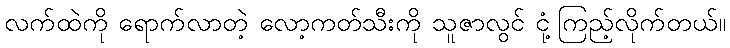
လက်ထဲကို ရောက်လာတဲ့ လော့ကတ်သီးကို သူဇာလွင် ငုံ့ကြည့်လိုက်တယ်။